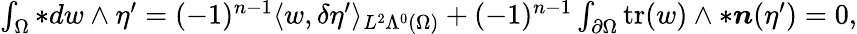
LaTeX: \begin{array}{r}{\int_{\Omega}\ast dw\wedge\eta^{\prime}=(-1)^{n-1}\langle w,\delta\eta^{\prime}\rangle_{L^{2}\Lambda^{0}(\Omega)}+(-1)^{n-1}\int_{\partial\Omega}\mathrm{tr}(w)\wedge\ast\boldsymbol{n}(\eta^{\prime})=0,}\end{array}